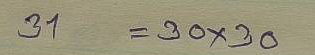
31 = 30 x 30